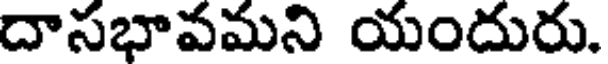
దాసభావమని యందురు.